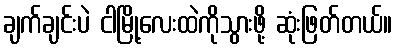
ချက်ချင်းပဲ ငါမြို့လေးထဲကိုသွားဖို့ ဆုံးဖြတ်တယ်။